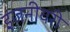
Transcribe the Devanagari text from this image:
इंजनीयरी